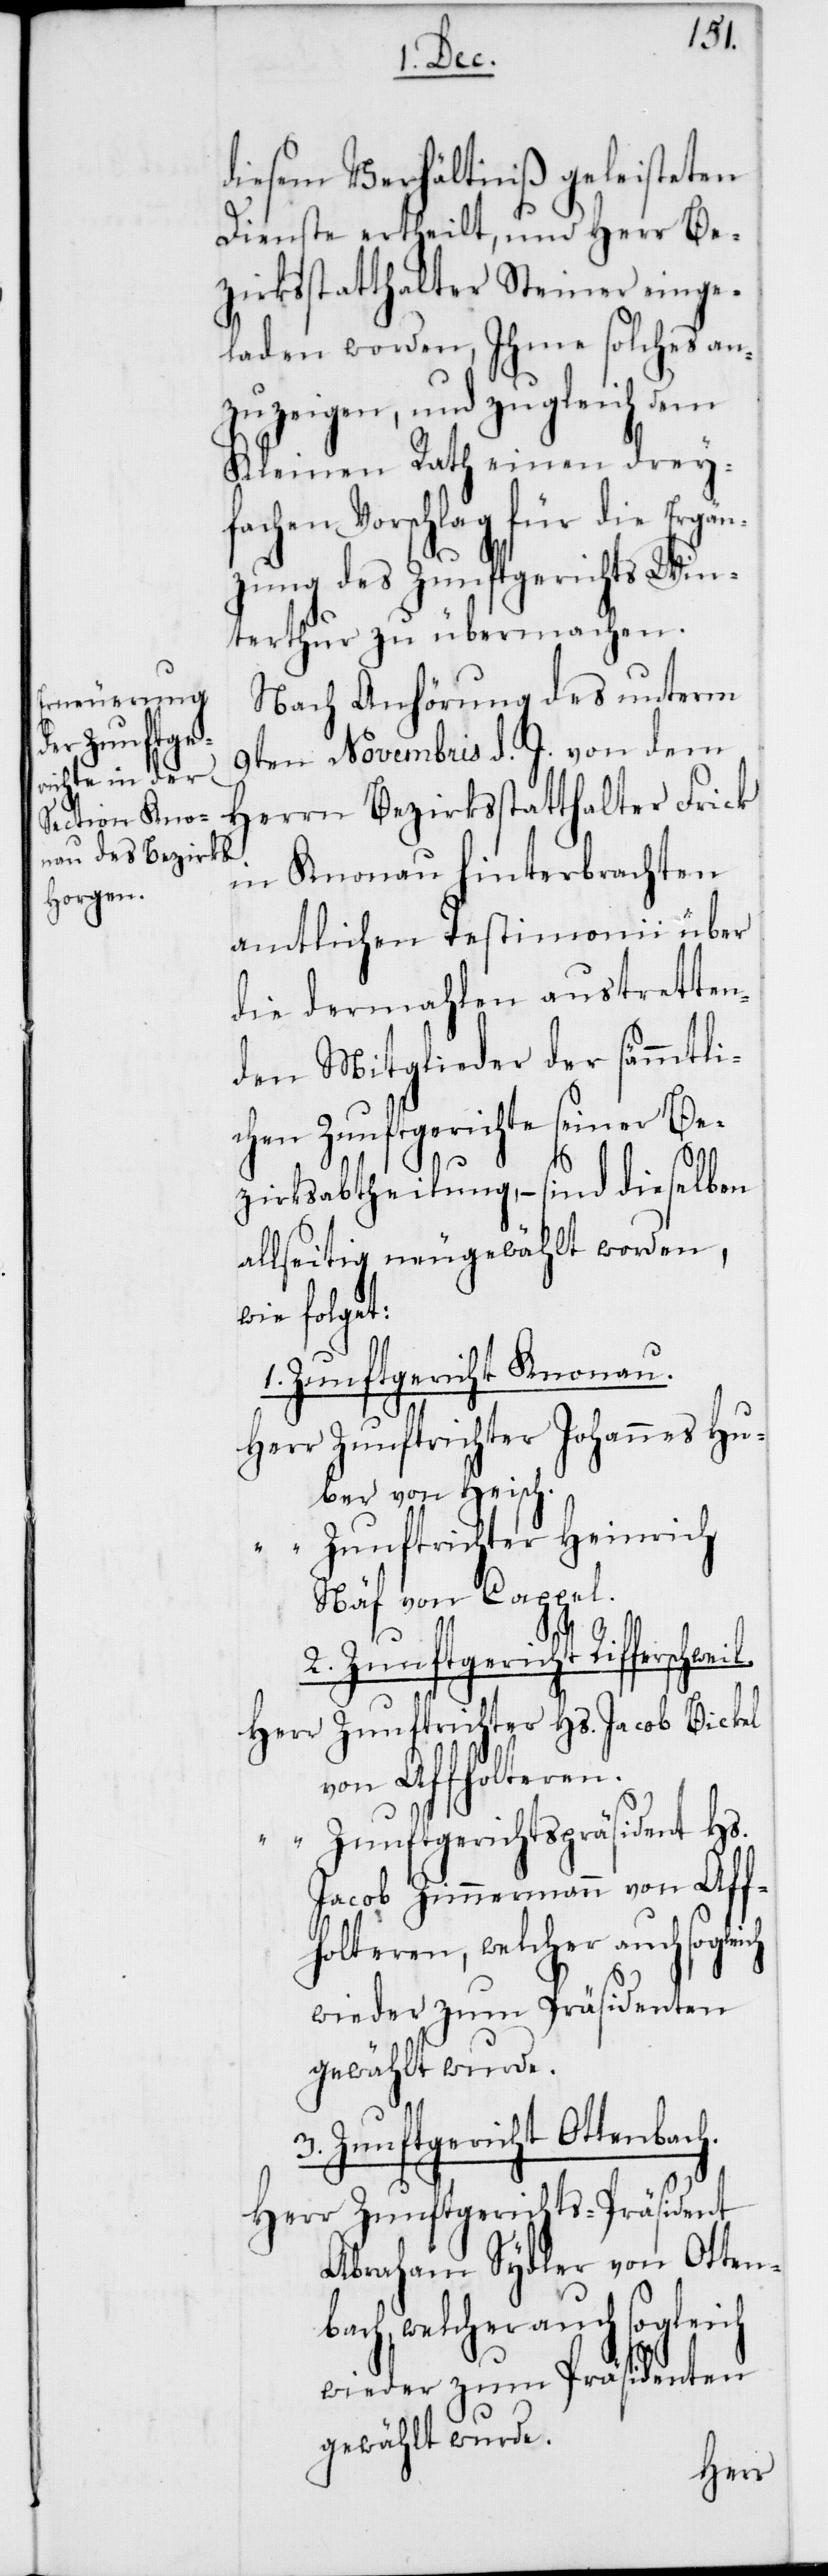
schweil.
diesem Verhältniß geleisteten
Dienste ertheilt, und Herr Be¬
zirksstatthalter Steiner einge¬
laden worden, Ihme solches an¬
zuzeigen, und zugleich dem
Kleinen Rath einen drey¬
fachen Vorschlag für die Ergän¬
zung des Zunftgerichts Win¬
terthur zu übermachen.
Nach Anhörung den unterm
9ten Novembris d. J. von dem
Herrn Bezirksstatthalter Frick
in Knonau hinterbrachten
amtlichen Testimonii über
die dermahlen austretten¬
den Mitglieder der sämmtli¬
chen Zunftgerichte seiner Be¬
zirksabtheilung, – sind dieselben
allseitig neugewählt worden,
wie folget:
1. Zunftgericht Knonau.
Zunftrichter Johannes Hu¬
ber von Heisch.
Zunftrichter Heinrich
Näf von Cappel.
2. Zunftgericht Riffer¬
Zunftrichter Hs. Jacob Bickel
von Affolteren.
Zunftgerichts-Präsident
h.
Jacob Zimmermann von Aff¬
olteren, welcher auch soglei¬
wieder zum Präsidenten
gewählt wurde.
Zunftgericht Ottenbac¬
Abraham Sydler von Otten¬
bach, welcher auch sogleich
wieder zum Präsidenten
gewählt wurde.
Herr